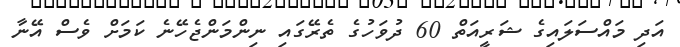
އަދި މައްސަލައިގެ ޝަރީއަތް 60 ދުވަހުގެ ތެރޭގައި ނިންމަންޖެހޭނެ ކަމަށް ވެސް އޭނާ